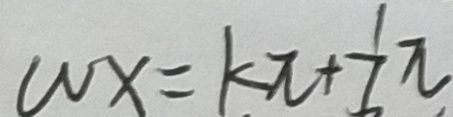
w x = k \pi + \frac { 1 } { 6 } \pi